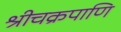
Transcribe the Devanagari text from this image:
श्रीचक्रपाणि